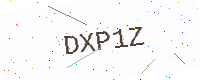
Text: DXP1Z